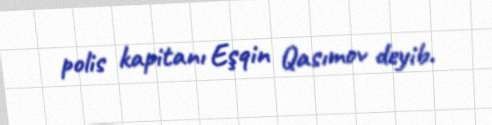
polis kapitanı Eşqin Qasımov deyib.